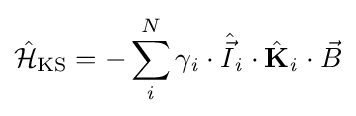
{{\hat {\mathcal {H}}}_{\text{KS}}}=-\sum \limits _{\mathit {i}}^{N}{{{\gamma }_{\mathit {i}}}\cdot {{\hat {\vec {I}}}_{\mathit {i}}}\cdot {{\hat {\mathbf {K} }}_{\mathit {i}}}\cdot {\vec {B}}}